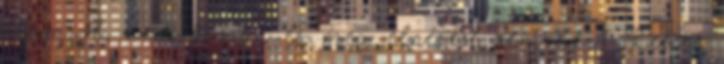
órámról, nem köszön és még elnézést sem kér? Lehet